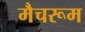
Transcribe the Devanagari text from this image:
मैचरूम